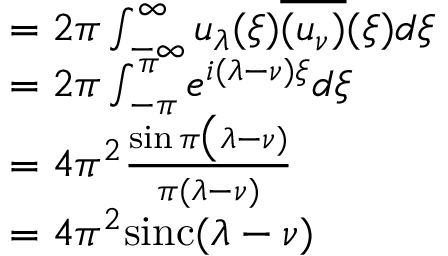
\begin{array} { r l } & { = 2 \pi \int _ { - \infty } ^ { \infty } u _ { \lambda } ( \xi ) \overline { { ( u _ { \nu } ) } } ( \xi ) d \xi } \\ & { = 2 \pi \int _ { - { \pi } } ^ { { \pi } } e ^ { i ( \lambda - \nu ) \xi } d \xi } \\ & { = 4 \pi ^ { 2 } { \frac { \sin \pi \big ( \lambda - \nu ) } { \pi ( \lambda - \nu ) } } } \\ & { = 4 \pi ^ { 2 } { \operatorname { s i n c } } ( \lambda - \nu ) } \end{array}